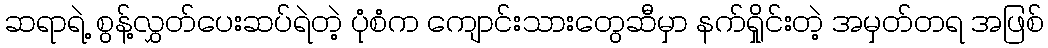
ဆရာရဲ့ စွန့်လွှတ်ပေးဆပ်ရဲတဲ့ ပုံစံက ကျောင်းသားတွေဆီမှာ နက်ရှိုင်းတဲ့ အမှတ်တရ အဖြစ်